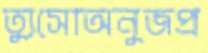
ত্যুসোঅনুজপ্র